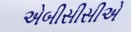
એબીસીસીએ